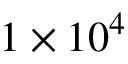
1 \times 1 0 ^ { 4 }